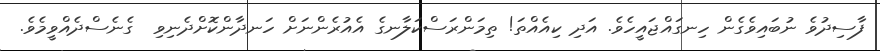
ފާސިދުވެ ނުބައިވެގެން ހިނގައްޖައީހެވެ. އަދި ކިއެއްތަ! ތިމަންރަސްކަލާނގެ އެއުރެންނަށް ހަނދާންކޮށްދެނިވި  ގެނެސްދެއްވީމެވެ.